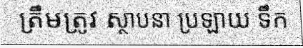
ត្រឹមត្រូវ ស្ថាបនា ប្រឡាយ ទឹក